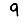
Digit: 9